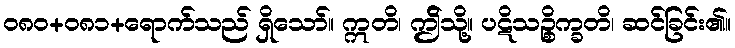
ဝ၈၀+၀၈၁+ရောက်သည် ရှိသော်။ ဣတိ၊ ဤိသို့။ ပဋိသဉ္စိက္ခတိ၊ ဆင်ခြင်း၏။